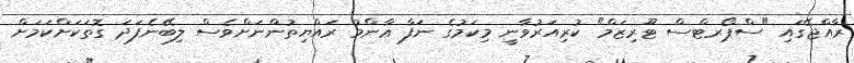
ރާއްޖޭގައި "ސްޕޯރޓްސް ޓޫރިޒަމް" ކުރިއަރުވާނީ މިކަމުގެ ނަފާ ޢާންމު ރައްޔިތުންނަށްވެސް ލިބޭނެފަދަ ގޮތަކަށްކަމަށް